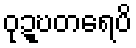
ဝုဍ္ဎတရေပိ